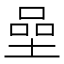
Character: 𡍸